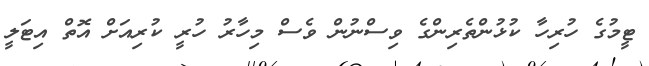
ޓީމުގެ ހުރިހާ ކުޅުންތެރިންގެ ވިސްނުން ވެސް މިހާރު ހުރީ ކުރިއަށް އޮތް އިޓަލީ